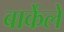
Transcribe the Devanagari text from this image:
बार्केले